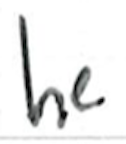
Text: he
Cross-out: clean
Writing tool: ballpoint